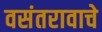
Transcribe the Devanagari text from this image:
वसंतरावाचे